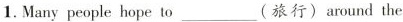
1. Many people hope to ___ (旅行) around the